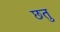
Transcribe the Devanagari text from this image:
छतु